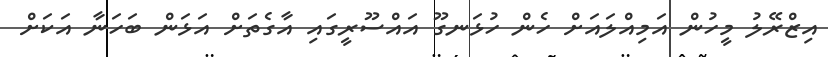
އިޒްރޭލު މީހުން އަމިއްލައަށް ހެން ހުޅަނގޫ އައްސޫރީގައި އާގެތަށް އަޅަން ބަހަނާ އަކަށް